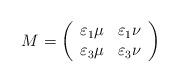
LaTeX: \begin{align*}M=\left( \begin{array}{cc}\varepsilon_1\mu&\varepsilon_1\nu\\\varepsilon_3\mu&\varepsilon_{3}\nu\end{array}\right) \end{align*}